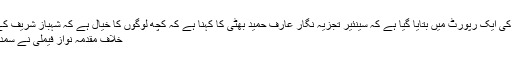
اسی حوالے سے قومی اخبار کی ایک رپورٹ میں بتایا گیا ہے کہ سینئیر تجزیہ نگار عارف حمید بھٹی کا کہنا ہے کہ کچھ لوگوں کا خیال ہے کہ شہباز شریف کے داماد علی عمران خان کے
خلاف مقدمہ نواز فیملی نے سمدھی کے ذریعے سے کروایا۔